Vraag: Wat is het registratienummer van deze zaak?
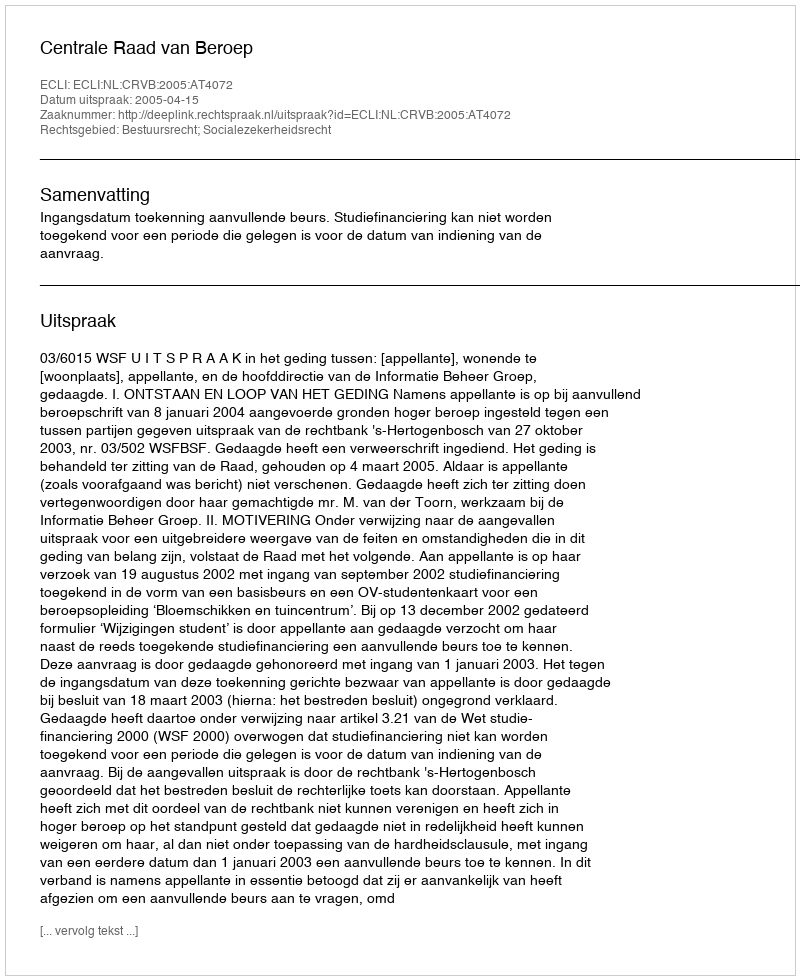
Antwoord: http://deeplink.rechtspraak.nl/uitspraak?id=ECLI:NL:CRVB:2005:AT4072